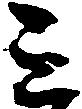
ミ